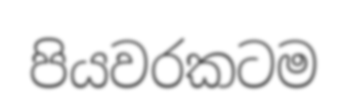
පියවරකටම